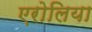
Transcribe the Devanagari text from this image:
एरोलिया